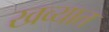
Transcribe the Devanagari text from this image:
खव्यात